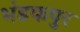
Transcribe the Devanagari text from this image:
भंडकपुर